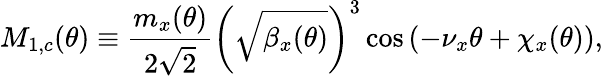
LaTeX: M_{1,c}(\theta)\equiv\frac{m_{x}(\theta)}{2\sqrt 2}\left(\sqrt{\beta_{x}(\theta)}\right)^{3}\cos{\left(-\nu_{x}\theta+\chi_{x}(\theta)\right)},